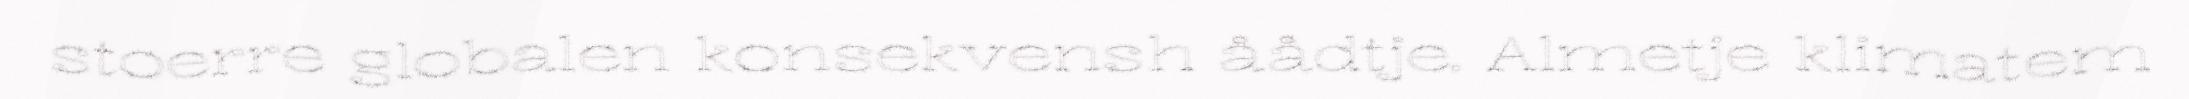
stoerre globalen konsekvensh åådtje. Almetje klimatem